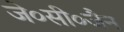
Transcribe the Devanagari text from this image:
जे०सी०जैन